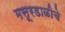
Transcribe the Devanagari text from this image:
मसूरडाळीचे